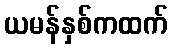
ယမန်နှစ်ကထက်